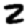
Digit: 2